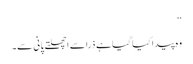
‘‘
وہ پیدا کیا گیا ہے ذرا سے اچھلتے پانی سے۔